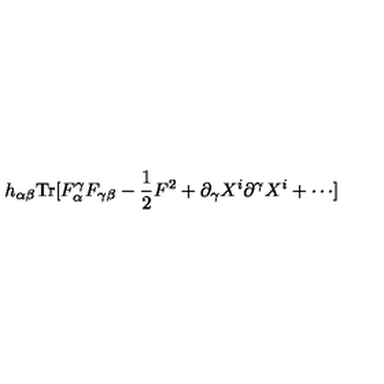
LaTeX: h _ { \alpha \beta } \mathrm { T r } [ F _ { \alpha } ^ { \gamma } F _ { \gamma \beta } - { \frac { 1 } { 2 } } F ^ { 2 } + \partial _ { \gamma } X ^ { i } \partial ^ { \gamma } X ^ { i } + \cdots ]